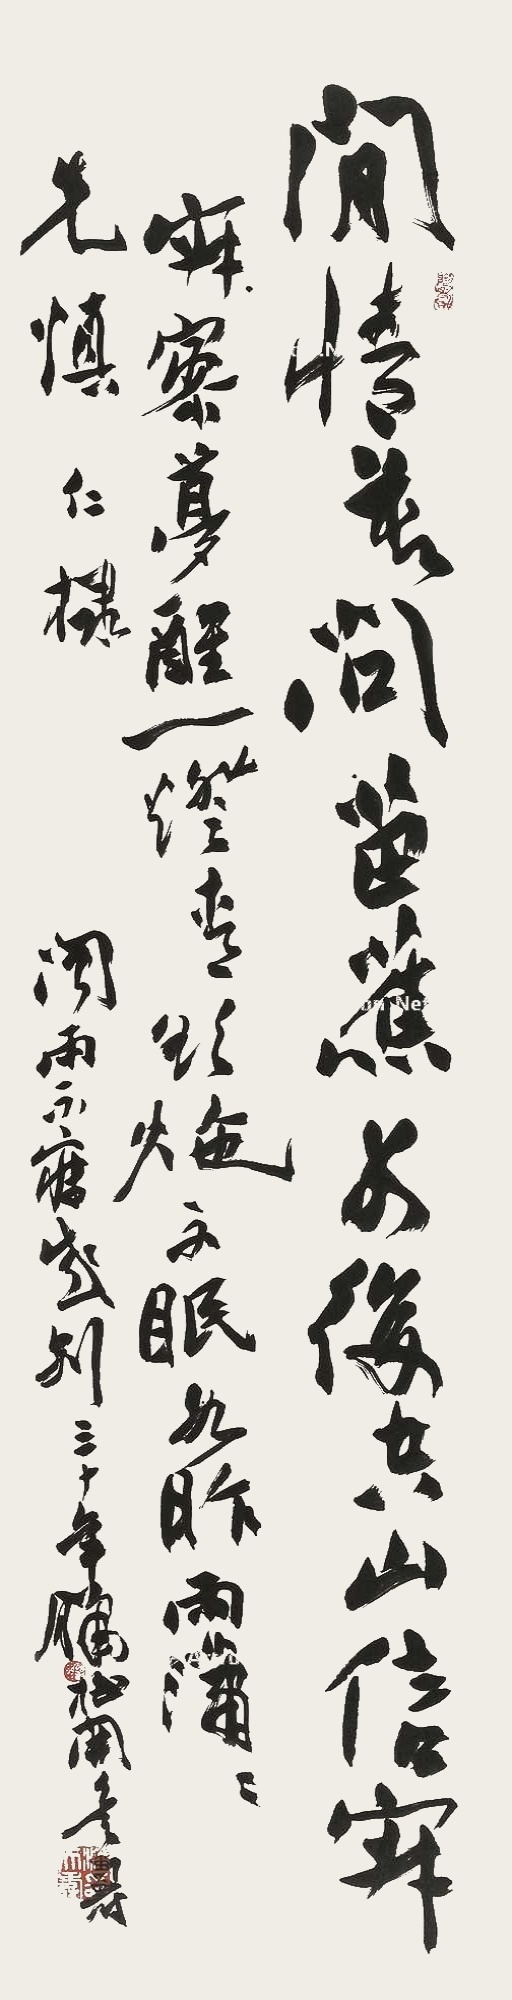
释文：闲情莫（复）问芭蕉，别后空山信寂寥。梦醒一灯背欲炧，不眠如昨雨潇潇。先慎仁棣，闻雨不寐感别，三十年腊梅开侯，寿。